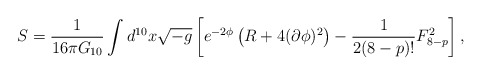
\begin{align*}S=\frac{1}{16\pi G_{10}}\int d^{10}x\sqrt{-g} \left[ e^{-2\phi} \left(R +4(\partial \phi)^2\right) -\frac{1}{2(8-p)!}F^2_{8-p}\right],\end{align*}